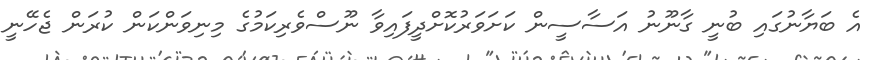
އެ ބަޔާނުގައި ބުނީ ގާނޫނު އަސާސީން ކަށަވަރުކޮށްދީފައިވާ ނޫސްވެރިކަމުގެ މިނިވަންކަން ކުރަން ޖެހޭނީ